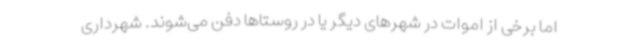
اما برخی از اموات در شهرهای دیگر یا در روستاها دفن می‌شوند. شهرداری